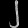
Digit: ၂